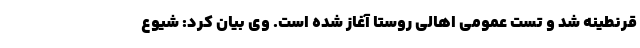
قرنطینه شد و تست عمومی اهالی روستا آغاز شده است. وی بیان کرد: شیوع